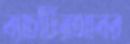
ব্যাচটিরআবর